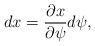
LaTeX: \begin{align*}dx={\partial x\over \partial \psi}d\psi,\end{align*}